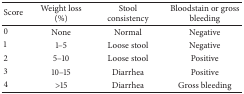
<table><thead><tr><td><b>Score</b></td><td><b>Weight loss (%)</b></td><td><b>Stool consistency</b></td><td><b>Bloodstain or gross bleeding</b></td></tr></thead><tbody><tr><td>0</td><td>None</td><td>Normal</td><td>Negative</td></tr><tr><td>1</td><td>1–5</td><td>Loose stool</td><td>Negative</td></tr><tr><td>2</td><td>5–10</td><td>Loose stool</td><td>Positive</td></tr><tr><td>3</td><td>10–15</td><td>Diarrhea</td><td>Positive</td></tr><tr><td>4</td><td>&gt;15</td><td>Diarrhea</td><td>Gross bleeding</td></tr></tbody></table>